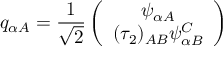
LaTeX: q _ { \alpha A } = \frac { 1 } { \sqrt { 2 } } \left( \begin{array} { c } { { \psi _ { \alpha A } } } \\ { { ( \tau _ { 2 } ) _ { A B } \psi _ { \alpha B } ^ { \cal C } } } \end{array} \right)